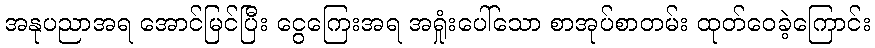
အနုပညာအရ အောင်မြင်ပြီး ငွေကြေးအရ အရှုံးပေါ်သော စာအုပ်စာတမ်း ထုတ်ဝေခဲ့ကြောင်း